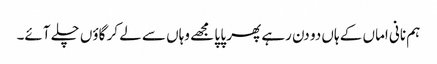
ہم نانی اماں کے ہاں دو دن رہے پھر پا پا مجھے وہاں سے لے کر گاؤں چلے آئے۔